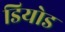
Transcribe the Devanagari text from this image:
डियोड